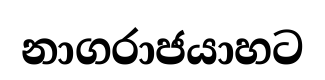
නාගරාජයාහට